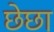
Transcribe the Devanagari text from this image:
छेछा